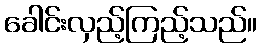
ခေါင်းလှည့်ကြည့်သည်။